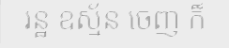
រន្ឋ ឧស្ម័ន ចេញ ក៏